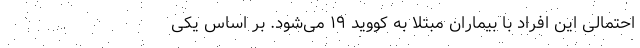
احتمالی این افراد با بیماران مبتلا به کووید ۱۹ می‌شود. بر اساس یکی